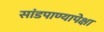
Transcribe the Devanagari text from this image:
सांडपाण्यापेक्षा